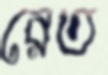
রেত